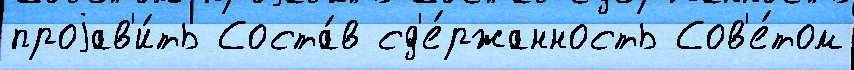
проjав'и́ть Соста́в сд'е́ржанность Сов'е́том